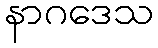
နာဂဒေသ